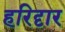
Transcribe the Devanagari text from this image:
हरिदृार